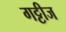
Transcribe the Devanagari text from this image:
गट्टीज